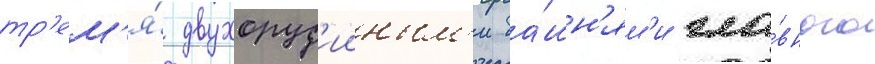
тр'ем'я́ двухоруд'ииным'и ба́шн'ям'и гла́вного